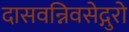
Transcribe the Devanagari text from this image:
दासवन्निवसेद्गुरो